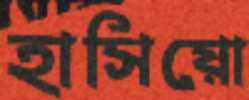
হাসিয়ো